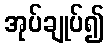
အုပ်ချုပ်၍